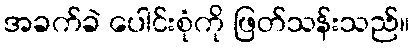
အခက်ခဲ ပေါင်းစုံကို ဖြတ်သန်းသည်။